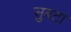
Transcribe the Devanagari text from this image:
सुबटा